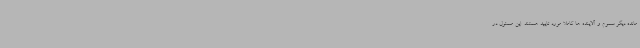
مانده دیگر سموم و آلاینده ها کاملا مورد تایید هستند. این مسئول در